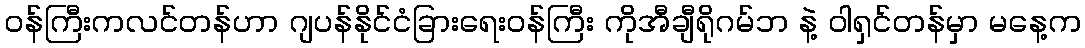
ဝန်ကြီးကလင်တန်ဟာ ဂျပန်နိုင်ငံခြားရေးဝန်ကြီး ကိုအီချီရိုဂမ်ဘ နဲ့ ဝါရှင်တန်မှာ မနေ့က